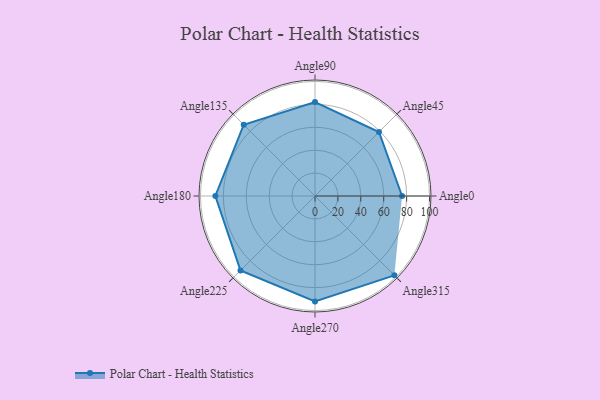
{"axis": {"x": "Angle", "y": "Radius"}, "legend": [""], "data": [{"x": "Angle0", "y": 76.0, "type": ""}, {"x": "Angle45", "y": 79.0, "type": ""}, {"x": "Angle90", "y": 82.0, "type": ""}, {"x": "Angle135", "y": 88.0, "type": ""}, {"x": "Angle180", "y": 87.0, "type": ""}, {"x": "Angle225", "y": 92.0, "type": ""}, {"x": "Angle270", "y": 92.0, "type": ""}, {"x": "Angle315", "y": 98.0, "type": ""}]}